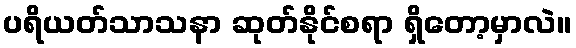
ပရိယတ်သာသနာ ဆုတ်နိုင်စရာ ရှိတော့မှာလဲ။